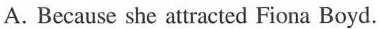
A.Because she attracted Fiona Boyd.